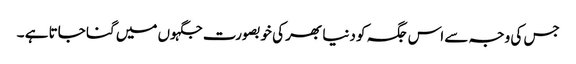
جس کی وجہ سے اس جگہ کو دنیا بھر کی خوبصورت جگہوں میں گنا جاتا ہے ۔